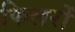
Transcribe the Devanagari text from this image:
फिलरों